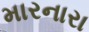
મારનારા